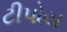
ટીપોય